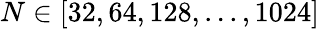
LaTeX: N\in[32,64,128,...,1024]